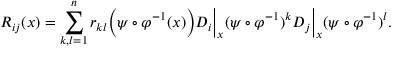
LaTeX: R _ { i j } ( x ) = \sum _ { k , l = 1 } ^ { n } r _ { k l } { \Big ( } \psi \circ \varphi ^ { - 1 } ( x ) { \Big ) } D _ { i } { \Big | } _ { x } ( \psi \circ \varphi ^ { - 1 } ) ^ { k } D _ { j } { \Big | } _ { x } ( \psi \circ \varphi ^ { - 1 } ) ^ { l } .